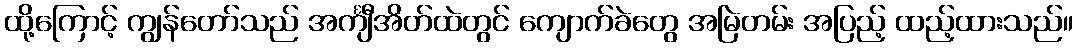
ထို့ကြောင့် ကျွန်တော်သည် အင်္ကျီအိတ်ထဲတွင် ကျောက်ခဲတွေ အမြဲတမ်း အပြည့် ထည့်ထားသည်။